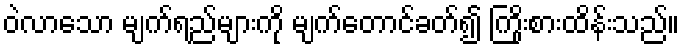
ဝဲလာသော မျက်ရည်များကို မျက်တောင်ခတ်၍ ကြိုးစားထိန်းသည်။